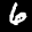
Label: 6